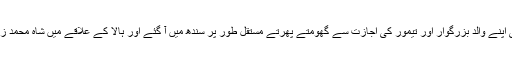
بعد کو سید حیدر شاہ بھی اپنے والد بزرگوار اور تیمور کی اجازت سے گھومتے پھرتے مستقل طور پر سندھ میں آ گئے اور ہالا کے علاقے میں شاہ محمد زمیندار کے مہمان ہوئے۔